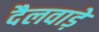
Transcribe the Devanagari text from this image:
दैलवाड़े